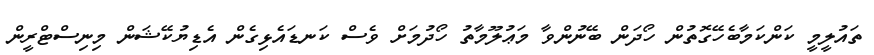
ތައުލީމީ ކަންކަމާބެހޭގޮތުން ހޯދަން ބޭނުންވާ މަޢުލޫމާތު ހޯދުމަށް ވެސް ކަނޑައެޅިގެން އެޑިޔުކޭޝަން މިނިސްޓްރީން